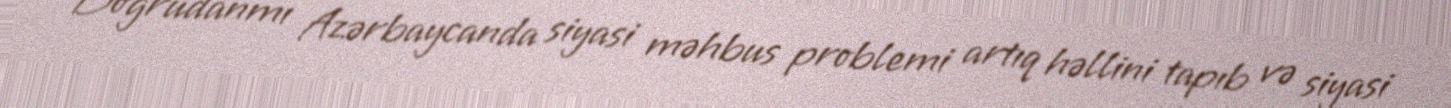
Doğrudanmı Azərbaycanda siyasi məhbus problemi artıq həllini tapıb və siyasi